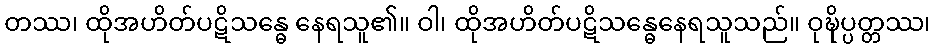
တဿ၊ ထိုအဟိတ်ပဋိသန္ဓေ နေရသူ၏။ ဝါ၊ ထိုအဟိတ်ပဋိသန္ဓေနေရသူသည်။ ဝုဍ္ဎိပ္ပတ္တဿ၊